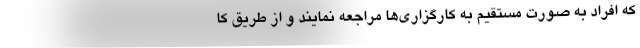
که افراد به صورت مستقیم به کارگزاری‌ها مراجعه نمایند و از طریق کا